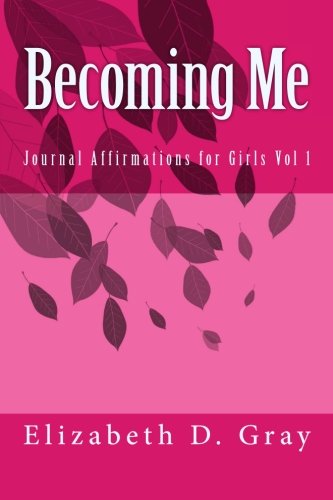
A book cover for Becoming Me: Journal Affirmations for Girls Vol 1 (Volume 1); Elizabeth D Gray; Teen & Young Adult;